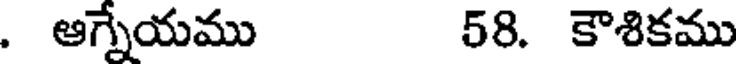
. ఆగ్నేయము 58. కౌశికము